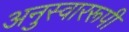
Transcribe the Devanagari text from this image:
अनुस्वाररूपी